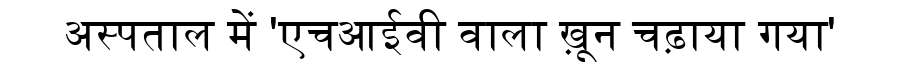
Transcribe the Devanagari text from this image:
अस्पताल में 'एचआईवी वाला ख़ून चढ़ाया गया'